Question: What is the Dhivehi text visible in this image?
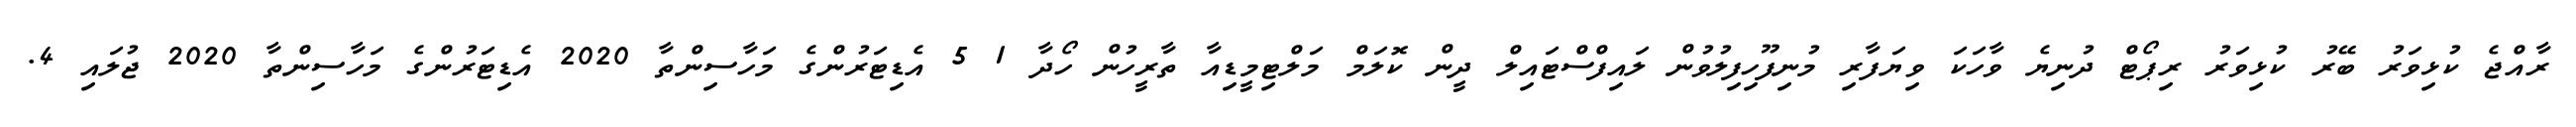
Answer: ރާއްޖެ ކުޅިވަރު ބޭރު ކުޅިވަރު ރިޕޯޓް ދުނިޔެ ވާހަކަ ވިޔަފާރި މުނިފޫހިފިލުވުން ލައިފްސްޓައިލް ދީން ކޮލަމް މަލްޓިމީޑިއާ ތާރީހުން ހޯދާ 1 5 އެޑިޓަރުންގެ މަހާސިންތާ 2020 އެޑިޓަރުންގެ މަހާސިންތާ 2020 ޖުލައި 4.